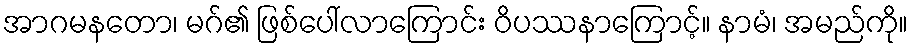
အာဂမနတော၊ မဂ်၏ ဖြစ်ပေါ်လာကြောင်း ဝိပဿနာကြောင့်။ နာမံ၊ အမည်ကို။